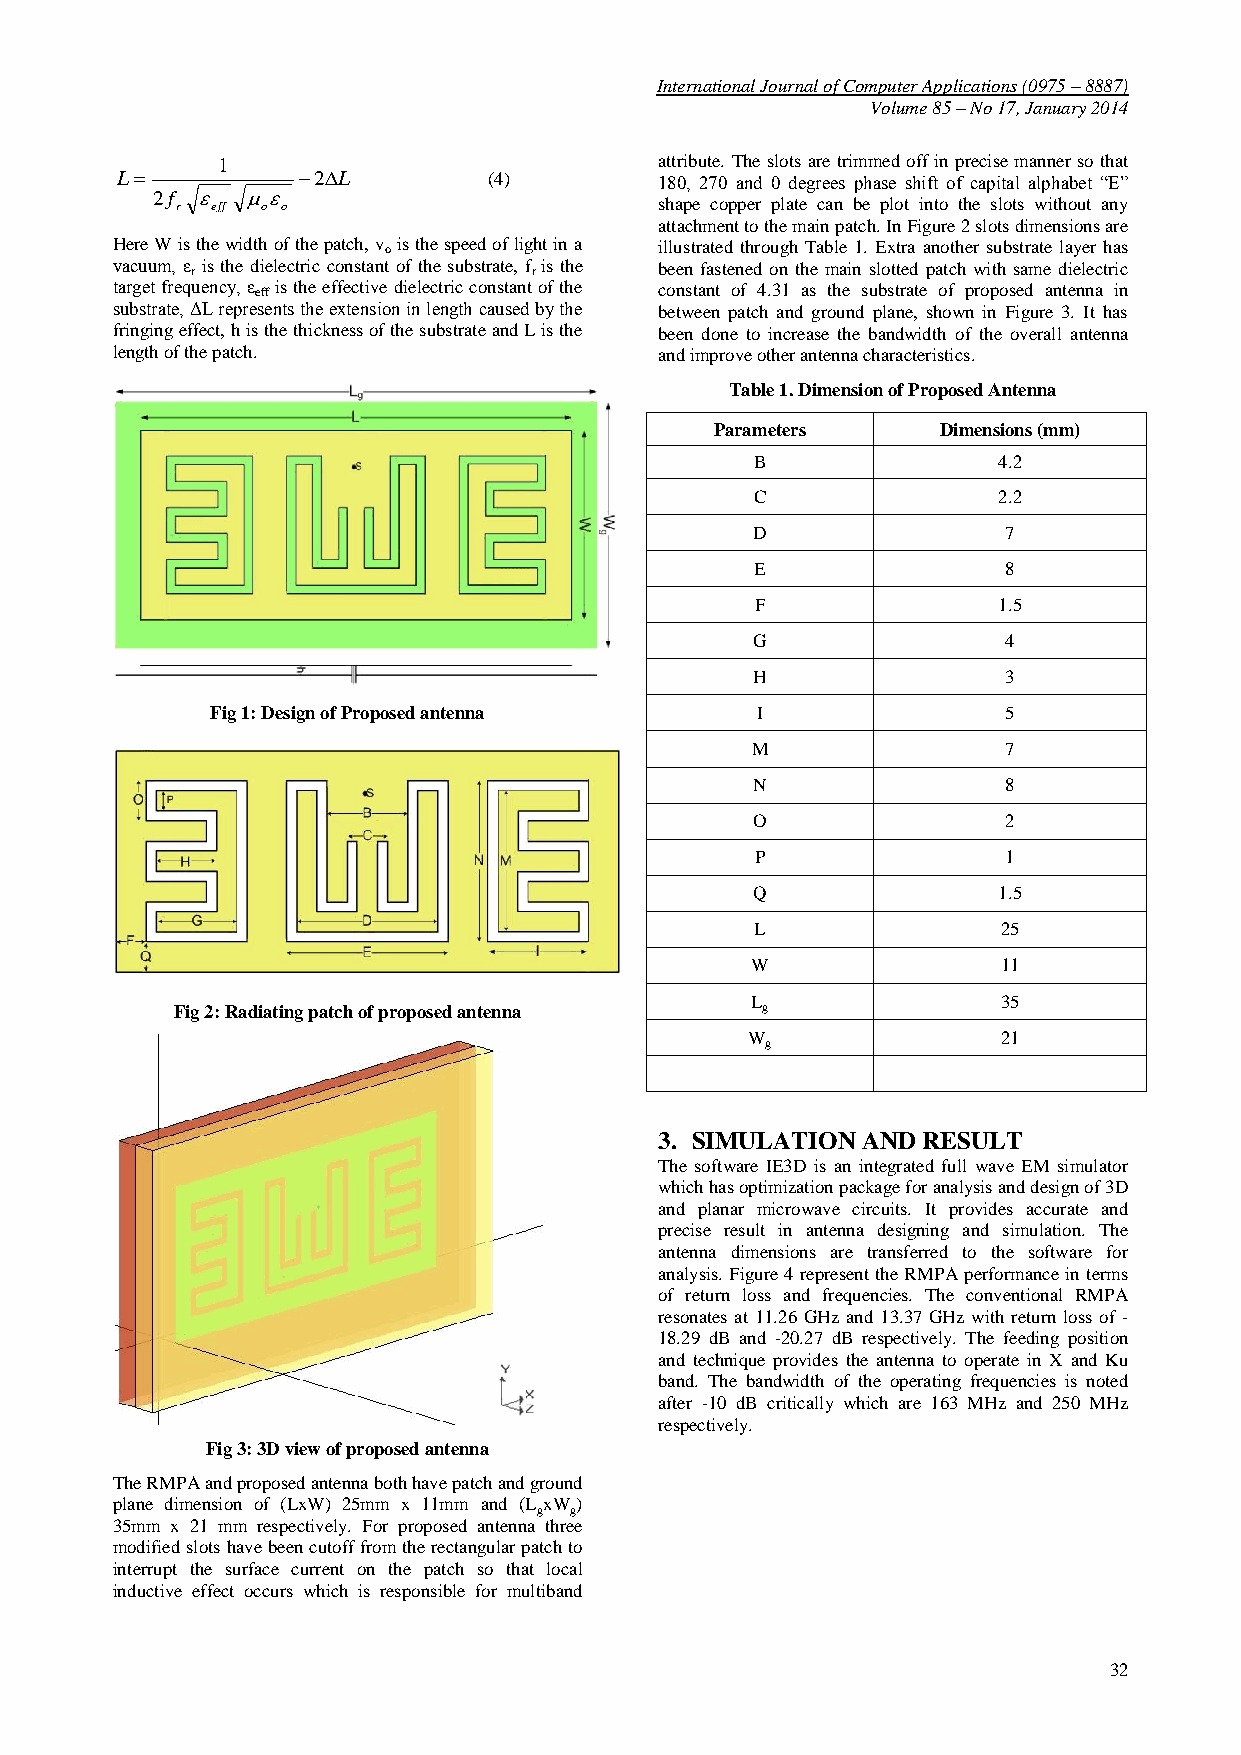
International Journal of Computer Applications (0975 – 8887)
 Volume 85 – No 17, January 2014
 1                             attribute. The slots are trimmed off in precise manner so that
 L          2L        (4)         180, 270 and 0 degrees phase shift of capital alphabet “E”
 2f   
 r eff o o                       shape copper plate can be plot into the slots without any
 attachment to the main patch. In Figure 2 slots dimensions are
 Here W is the width of the patch, v o is the speed of light in a illustrated through Table 1. Extra another substrate layer has
 vacuum, ε r is the dielectric constant of the substrate, f r is the been fastened on the main slotted patch with same dielectric
 target frequency, ε eff is the effective dielectric constant of the constant of 4.31 as the substrate of proposed antenna in
 substrate, ΔL represents the extension in length caused by the between patch and ground plane, shown in Figure 3. It has
 fringing effect, h is the thickness of the substrate and L is the been done to increase the bandwidth of the overall antenna
 length of the patch.                 and improve other antenna characteristics.
 Table 1. Dimension of Proposed Antenna
 Parameters     Dimensions (mm)
 B               4.2
 C               2.2
 D                7
 E                8
 F               1.5
 G                4
 H                3
 Fig 1: Design of Proposed antenna   I                5
 M                7
 N                8
 O                2
 P                1
 Q               1.5
 L               25
 W               11
 L               35
 Fig 2: Radiating patch of proposed antenna g
 W                21
 g
 3. SIMULATION AND RESULT
 The software IE3D is an integrated full wave EM simulator
 which has optimization package for analysis and design of 3D
 and planar microwave circuits. It provides accurate and
 precise result in antenna designing and simulation. The
 antenna dimensions are transferred to the software for
 analysis. Figure 4 represent the RMPA performance in terms
 of return loss and frequencies. The conventional RMPA
 resonates at 11.26 GHz and 13.37 GHz with return loss of -
 18.29 dB and -20.27 dB respectively. The feeding position
 and technique provides the antenna to operate in X and Ku
 band. The bandwidth of the operating frequencies is noted
 after -10 dB critically which are 163 MHz and 250 MHz
 respectively.
 Fig 3: 3D view of proposed antenna
 The RMPA and proposed antenna both have patch and ground
 plane dimension of (LxW) 25mm x 11mm and (L xW)
 g g
 35mm x 21 mm respectively. For proposed antenna three
 modified slots have been cutoff from the rectangular patch to
 interrupt the surface current on the patch so that local
 inductive effect occurs which is responsible for multiband
 32